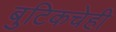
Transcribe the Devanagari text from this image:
बुटिकचेही